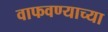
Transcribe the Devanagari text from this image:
वाफवण्याच्या